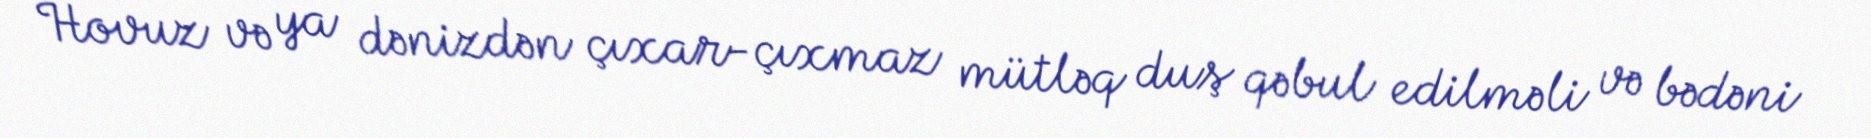
Hovuz və ya dənizdən çıxar-çıxmaz mütləq duş qəbul edilməli və bədəni